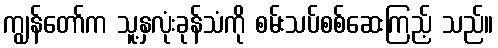
ကျွန်တော်က သူ့နှလုံးခုန်သံကို စမ်းသပ်စစ်ဆေးကြည့် သည်။